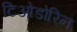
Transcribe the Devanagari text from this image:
टिओडोरिन